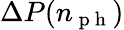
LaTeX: \Delta P(n_{\mathrm{~p~h~}})